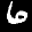
Label: 6